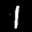
Label: 1